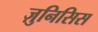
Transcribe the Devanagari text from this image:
ज़ुनिसिस